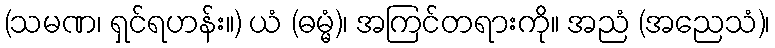
(သမဏ၊ ရှင်ရဟန်း။) ယံ (ဓမ္မံ)၊ အကြင်တရားကို။ အညံ (အညေသံ)၊